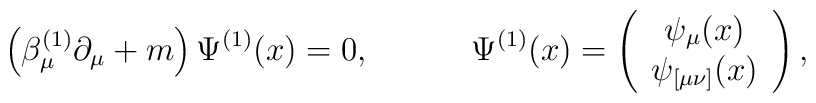
\left( \beta _\mu ^{(1)}\partial _\mu +m\right) \Psi ^{(1)}(x)=0,\hspace{0.5in}\Psi ^{(1)}(x)=\left(\begin{array}{c}\psi_\mu (x)\\\psi_{[\mu \nu ]}(x)\end{array}\right),